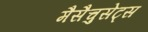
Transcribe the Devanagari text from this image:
मैसैचुसेट्स